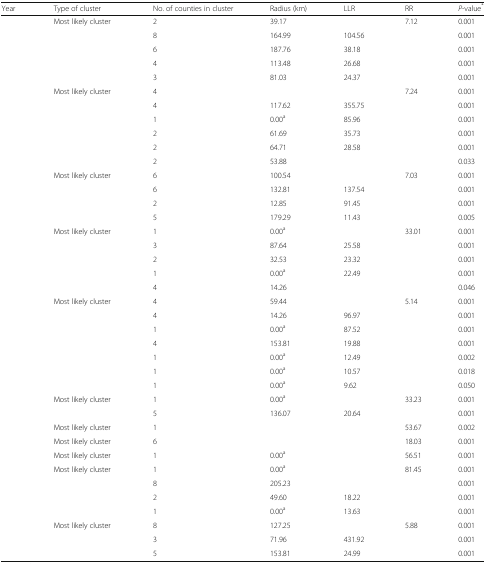
<table><thead><tr><td><b>Year</b></td><td><b>Type of cluster</b></td><td><b>No. of counties in cluster</b></td><td><b>Radius (km)</b></td><td><b>LLR</b></td><td><b>RR</b></td><td><b><i>P</i>-value<sup>*</sup></b></td></tr></thead><tbody><tr><td rowspan="5">[EMPTY_CELL]</td><td>Most likely cluster</td><td>2</td><td>39.17</td><td>[EMPTY_CELL]</td><td>7.12</td><td>0.001</td></tr><tr><td>[EMPTY_CELL]</td><td>8</td><td>164.99</td><td>104.56</td><td>[EMPTY_CELL]</td><td>0.001</td></tr><tr><td>[EMPTY_CELL]</td><td>6</td><td>187.76</td><td>38.18</td><td>[EMPTY_CELL]</td><td>0.001</td></tr><tr><td>[EMPTY_CELL]</td><td>4</td><td>113.48</td><td>26.68</td><td>[EMPTY_CELL]</td><td>0.001</td></tr><tr><td>[EMPTY_CELL]</td><td>3</td><td>81.03</td><td>24.37</td><td>[EMPTY_CELL]</td><td>0.001</td></tr><tr><td rowspan="6">[EMPTY_CELL]</td><td>Most likely cluster</td><td>4</td><td>[EMPTY_CELL]</td><td>[EMPTY_CELL]</td><td>7.24</td><td>0.001</td></tr><tr><td>[EMPTY_CELL]</td><td>4</td><td>117.62</td><td>355.75</td><td>[EMPTY_CELL]</td><td>0.001</td></tr><tr><td>[EMPTY_CELL]</td><td>1</td><td>0.00<sup>a</sup></td><td>85.96</td><td>[EMPTY_CELL]</td><td>0.001</td></tr><tr><td>[EMPTY_CELL]</td><td>2</td><td>61.69</td><td>35.73</td><td>[EMPTY_CELL]</td><td>0.001</td></tr><tr><td>[EMPTY_CELL]</td><td>2</td><td>64.71</td><td>28.58</td><td>[EMPTY_CELL]</td><td>0.001</td></tr><tr><td>[EMPTY_CELL]</td><td>2</td><td>53.88</td><td>[EMPTY_CELL]</td><td>[EMPTY_CELL]</td><td>0.033</td></tr><tr><td rowspan="4">[EMPTY_CELL]</td><td>Most likely cluster</td><td>6</td><td>100.54</td><td>[EMPTY_CELL]</td><td>7.03</td><td>0.001</td></tr><tr><td>[EMPTY_CELL]</td><td>6</td><td>132.81</td><td>137.54</td><td>[EMPTY_CELL]</td><td>0.001</td></tr><tr><td>[EMPTY_CELL]</td><td>2</td><td>12.85</td><td>91.45</td><td>[EMPTY_CELL]</td><td>0.001</td></tr><tr><td>[EMPTY_CELL]</td><td>5</td><td>179.29</td><td>11.43</td><td>[EMPTY_CELL]</td><td>0.005</td></tr><tr><td rowspan="5">[EMPTY_CELL]</td><td>Most likely cluster</td><td>1</td><td>0.00<sup>a</sup></td><td>[EMPTY_CELL]</td><td>33.01</td><td>0.001</td></tr><tr><td>[EMPTY_CELL]</td><td>3</td><td>87.64</td><td>25.58</td><td>[EMPTY_CELL]</td><td>0.001</td></tr><tr><td>[EMPTY_CELL]</td><td>2</td><td>32.53</td><td>23.32</td><td>[EMPTY_CELL]</td><td>0.001</td></tr><tr><td>[EMPTY_CELL]</td><td>1</td><td>0.00<sup>a</sup></td><td>22.49</td><td>[EMPTY_CELL]</td><td>0.001</td></tr><tr><td>[EMPTY_CELL]</td><td>4</td><td>14.26</td><td>[EMPTY_CELL]</td><td>[EMPTY_CELL]</td><td>0.046</td></tr><tr><td rowspan="7">[EMPTY_CELL]</td><td>Most likely cluster</td><td>4</td><td>59.44</td><td>[EMPTY_CELL]</td><td>5.14</td><td>0.001</td></tr><tr><td>[EMPTY_CELL]</td><td>4</td><td>14.26</td><td>96.97</td><td>[EMPTY_CELL]</td><td>0.001</td></tr><tr><td>[EMPTY_CELL]</td><td>1</td><td>0.00<sup>a</sup></td><td>87.52</td><td>[EMPTY_CELL]</td><td>0.001</td></tr><tr><td>[EMPTY_CELL]</td><td>4</td><td>153.81</td><td>19.88</td><td>[EMPTY_CELL]</td><td>0.001</td></tr><tr><td>[EMPTY_CELL]</td><td>1</td><td>0.00<sup>a</sup></td><td>12.49</td><td>[EMPTY_CELL]</td><td>0.002</td></tr><tr><td>[EMPTY_CELL]</td><td>1</td><td>0.00<sup>a</sup></td><td>10.57</td><td>[EMPTY_CELL]</td><td>0.018</td></tr><tr><td>[EMPTY_CELL]</td><td>1</td><td>0.00<sup>a</sup></td><td>9.62</td><td>[EMPTY_CELL]</td><td>0.050</td></tr><tr><td rowspan="2">[EMPTY_CELL]</td><td>Most likely cluster</td><td>1</td><td>0.00<sup>a</sup></td><td>[EMPTY_CELL]</td><td>33.23</td><td>0.001</td></tr><tr><td>[EMPTY_CELL]</td><td>5</td><td>136.07</td><td>20.64</td><td>[EMPTY_CELL]</td><td>0.001</td></tr><tr><td>[EMPTY_CELL]</td><td>Most likely cluster</td><td>1</td><td>[EMPTY_CELL]</td><td>[EMPTY_CELL]</td><td>53.67</td><td>0.002</td></tr><tr><td>[EMPTY_CELL]</td><td>Most likely cluster</td><td>6</td><td>[EMPTY_CELL]</td><td>[EMPTY_CELL]</td><td>18.03</td><td>0.001</td></tr><tr><td>[EMPTY_CELL]</td><td>Most likely cluster</td><td>1</td><td>0.00<sup>a</sup></td><td>[EMPTY_CELL]</td><td>56.51</td><td>0.001</td></tr><tr><td rowspan="4">[EMPTY_CELL]</td><td>Most likely cluster</td><td>1</td><td>0.00<sup>a</sup></td><td>[EMPTY_CELL]</td><td>81.45</td><td>0.001</td></tr><tr><td>[EMPTY_CELL]</td><td>8</td><td>205.23</td><td>[EMPTY_CELL]</td><td>[EMPTY_CELL]</td><td>0.001</td></tr><tr><td>[EMPTY_CELL]</td><td>2</td><td>49.60</td><td>18.22</td><td>[EMPTY_CELL]</td><td>0.001</td></tr><tr><td>[EMPTY_CELL]</td><td>1</td><td>0.00<sup>a</sup></td><td>13.63</td><td>[EMPTY_CELL]</td><td>0.001</td></tr><tr><td rowspan="3">[EMPTY_CELL]</td><td>Most likely cluster</td><td>8</td><td>127.25</td><td>[EMPTY_CELL]</td><td>5.88</td><td>0.001</td></tr><tr><td>[EMPTY_CELL]</td><td>3</td><td>71.96</td><td>431.92</td><td>[EMPTY_CELL]</td><td>0.001</td></tr><tr><td>[EMPTY_CELL]</td><td>5</td><td>153.81</td><td>24.99</td><td>[EMPTY_CELL]</td><td>0.001</td></tr></tbody></table>